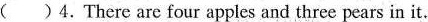
( )4.There are four apples and three pears in it.